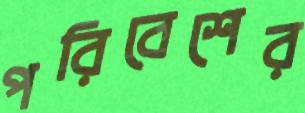
পরিবেশের